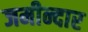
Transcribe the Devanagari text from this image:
जमीन्दार